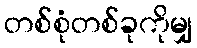
တစ်စုံတစ်ခုကိုမျှ